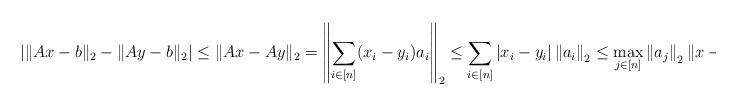
LaTeX: \begin{align*}\left|\|Ax-b\|_2-\|Ay-b\|_2\right|\le\|Ax-Ay\|_2=\left\|\sum_{i\in[n]}(x_i-y_i)a_i\right\|_2\le\sum_{i\in[n]}|x_i-y_i|\left\|a_i\right\|_2\le\max_{j\in[n]}\left\|a_j\right\|_2\|x-y\|_1.\end{align*}